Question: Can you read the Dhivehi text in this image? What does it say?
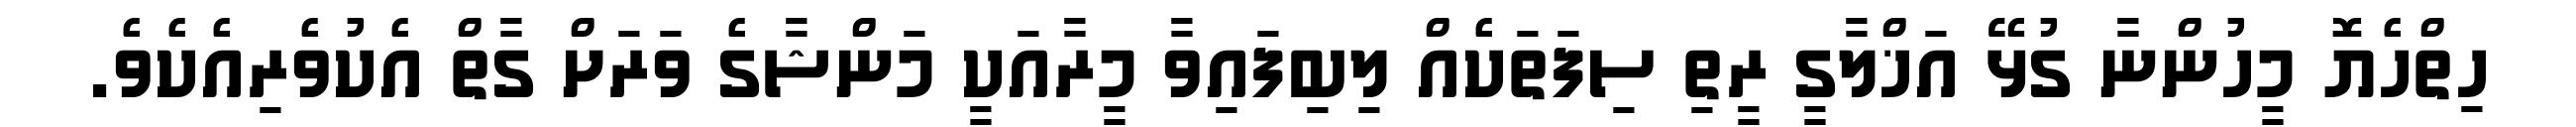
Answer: ހިތްހެޔޮ މީހުންނާ ގުޅޭ އަޚްލާގީ ރީތި ސިފަތަކެއް ލިބިފައިވާ މީރާއަކީ މަންޝާގެ ވަރަށް ގާތް އެކުވެރިއެކެވެ.